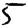
Digit: 5